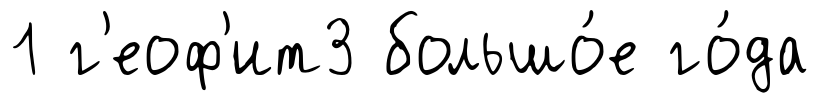
1 г'еоф'ит3 большо́е го́да